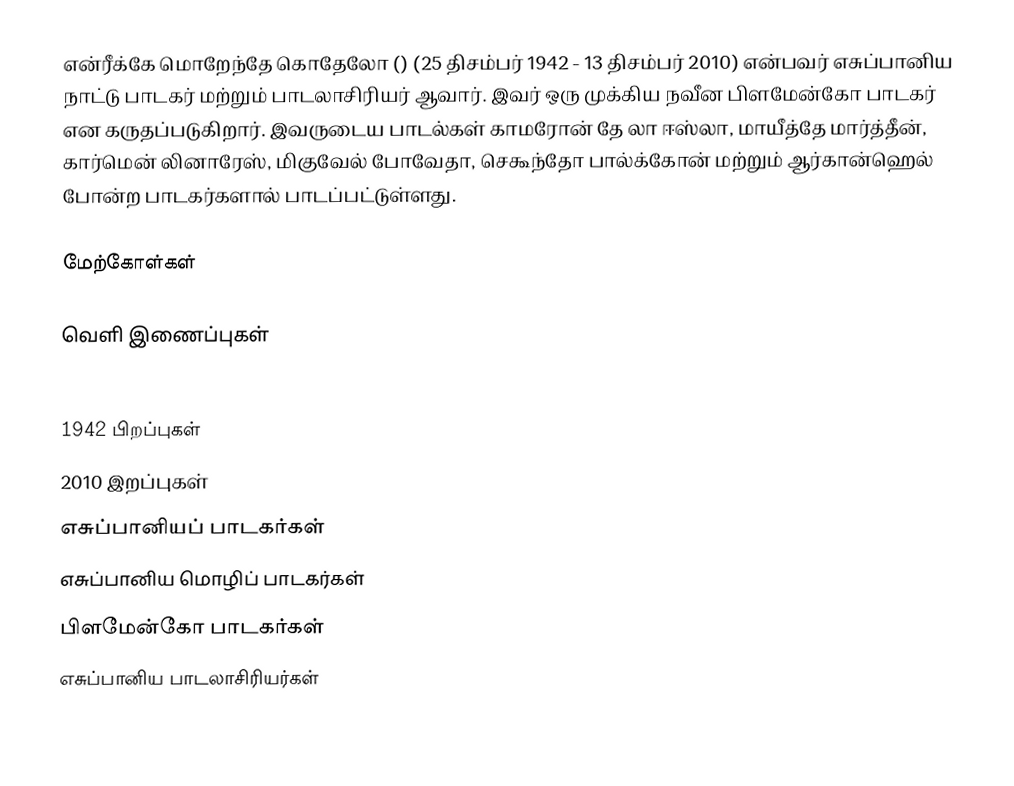
என்ரீக்கே மொறேந்தே கொதேலோ () (25 திசம்பர் 1942 - 13 திசம்பர் 2010) என்பவர் எசுப்பானிய நாட்டு பாடகர் மற்றும் பாடலாசிரியர் ஆவார். இவர் ஒரு முக்கிய நவீன பிளமேன்கோ பாடகர் என கருதப்படுகிறார். இவருடைய பாடல்கள் காமரோன் தே லா ஈஸ்லா, மாயீத்தே மார்த்தீன், கார்மென் லினாரேஸ், மிகுவேல் போவேதா, செகூந்தோ பால்க்கோன் மற்றும் ஆர்கான்ஹெல் போன்ற பாடகர்களால் பாடப்பட்டுள்ளது.

மேற்கோள்கள்

வெளி இணைப்புகள்

1942 பிறப்புகள்
2010 இறப்புகள்
எசுப்பானியப் பாடகர்கள்
எசுப்பானிய மொழிப் பாடகர்கள்
பிளமேன்கோ பாடகர்கள்
எசுப்பானிய பாடலாசிரியர்கள்